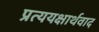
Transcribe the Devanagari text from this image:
प्रत्ययक्षार्थवाद